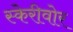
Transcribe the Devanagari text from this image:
स्केरीवोर